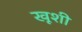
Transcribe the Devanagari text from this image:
खूशी